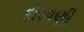
દોરવણી